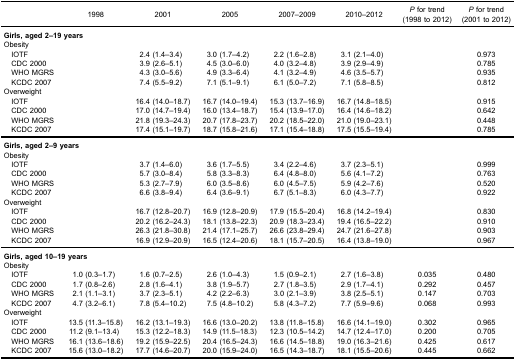
<table><thead><tr><td>[EMPTY_CELL]</td><td><b>1998</b></td><td><b>2001</b></td><td><b>2005</b></td><td><b>2007–2009</b></td><td><b>2010–2012</b></td><td><b><i>P</i> for trend(1998 to 2012)</b></td><td><b><i>P</i> for trend(2001 to 2012)</b></td></tr></thead><tbody><tr><td colspan="8"><b>Girls, aged 2–19 years</b></td></tr><tr><td colspan="8">Obesity</td></tr><tr><td> IOTF</td><td>[EMPTY_CELL]</td><td>2.4 (1.4–3.4)</td><td>3.0 (1.7–4.2)</td><td>2.2 (1.6–2.8)</td><td>3.1 (2.1–4.0)</td><td>[EMPTY_CELL]</td><td>0.973</td></tr><tr><td> CDC 2000</td><td>[EMPTY_CELL]</td><td>3.9 (2.6–5.1)</td><td>4.5 (3.0–6.0)</td><td>4.0 (3.2–4.8)</td><td>3.9 (2.9–4.9)</td><td>[EMPTY_CELL]</td><td>0.785</td></tr><tr><td> WHO MGRS</td><td>[EMPTY_CELL]</td><td>4.3 (3.0–5.6)</td><td>4.9 (3.3–6.4)</td><td>4.1 (3.2–4.9)</td><td>4.6 (3.5–5.7)</td><td>[EMPTY_CELL]</td><td>0.935</td></tr><tr><td> KCDC 2007</td><td>[EMPTY_CELL]</td><td>7.4 (5.5–9.2)</td><td>7.1 (5.1–9.1)</td><td>6.1 (5.0–7.2)</td><td>7.1 (5.8–8.5)</td><td>[EMPTY_CELL]</td><td>0.812</td></tr><tr><td colspan="8">Overweight</td></tr><tr><td> IOTF</td><td>[EMPTY_CELL]</td><td>16.4 (14.0–18.7)</td><td>16.7 (14.0–19.4)</td><td>15.3 (13.7–16.9)</td><td>16.7 (14.8–18.5)</td><td>[EMPTY_CELL]</td><td>0.915</td></tr><tr><td> CDC 2000</td><td>[EMPTY_CELL]</td><td>17.0 (14.7–19.4)</td><td>16.0 (13.4–18.7)</td><td>15.4 (13.9–17.0)</td><td>16.4 (14.6–18.2)</td><td>[EMPTY_CELL]</td><td>0.642</td></tr><tr><td> WHO MGRS</td><td>[EMPTY_CELL]</td><td>21.8 (19.3–24.3)</td><td>20.7 (17.8–23.7)</td><td>20.2 (18.5–22.0)</td><td>21.0 (19.0–23.1)</td><td>[EMPTY_CELL]</td><td>0.448</td></tr><tr><td> KCDC 2007</td><td>[EMPTY_CELL]</td><td>17.4 (15.1–19.7)</td><td>18.7 (15.8–21.6)</td><td>17.1 (15.4–18.8)</td><td>17.5 (15.5–19.4)</td><td>[EMPTY_CELL]</td><td>0.785</td></tr><tr><td colspan="8"><b>Girls, aged 2–9 years</b></td></tr><tr><td colspan="8">Obesity</td></tr><tr><td> IOTF</td><td>[EMPTY_CELL]</td><td>3.7 (1.4–6.0)</td><td>3.6 (1.7–5.5)</td><td>3.4 (2.2–4.6)</td><td>3.7 (2.3–5.1)</td><td>[EMPTY_CELL]</td><td>0.999</td></tr><tr><td> CDC 2000</td><td>[EMPTY_CELL]</td><td>5.7 (3.0–8.4)</td><td>5.8 (3.3–8.3)</td><td>6.4 (4.8–8.0)</td><td>5.6 (4.1–7.2)</td><td>[EMPTY_CELL]</td><td>0.763</td></tr><tr><td> WHO MGRS</td><td>[EMPTY_CELL]</td><td>5.3 (2.7–7.9)</td><td>6.0 (3.5–8.6)</td><td>6.0 (4.5–7.5)</td><td>5.9 (4.2–7.6)</td><td>[EMPTY_CELL]</td><td>0.520</td></tr><tr><td> KCDC 2007</td><td>[EMPTY_CELL]</td><td>6.6 (3.8–9.4)</td><td>6.4 (3.6–9.1)</td><td>6.7 (5.1–8.3)</td><td>6.0 (4.3–7.7)</td><td>[EMPTY_CELL]</td><td>0.922</td></tr><tr><td colspan="8">Overweight</td></tr><tr><td> IOTF</td><td>[EMPTY_CELL]</td><td>16.7 (12.8–20.7)</td><td>16.9 (12.8–20.9)</td><td>17.9 (15.5–20.4)</td><td>16.8 (14.2–19.4)</td><td>[EMPTY_CELL]</td><td>0.830</td></tr><tr><td> CDC 2000</td><td>[EMPTY_CELL]</td><td>20.2 (16.2–24.3)</td><td>18.1 (13.8–22.3)</td><td>20.9 (18.3–23.4)</td><td>19.4 (16.5–22.2)</td><td>[EMPTY_CELL]</td><td>0.910</td></tr><tr><td> WHO MGRS</td><td>[EMPTY_CELL]</td><td>26.3 (21.8–30.8)</td><td>21.4 (17.1–25.7)</td><td>26.6 (23.8–29.4)</td><td>24.7 (21.6–27.8)</td><td>[EMPTY_CELL]</td><td>0.903</td></tr><tr><td> KCDC 2007</td><td>[EMPTY_CELL]</td><td>16.9 (12.9–20.9)</td><td>16.5 (12.4–20.6)</td><td>18.1 (15.7–20.5)</td><td>16.4 (13.8–19.0)</td><td>[EMPTY_CELL]</td><td>0.967</td></tr><tr><td colspan="8"><b>Girls, aged 10–19 years</b></td></tr><tr><td colspan="8">Obesity</td></tr><tr><td> IOTF</td><td>1.0 (0.3–1.7)</td><td>1.6 (0.7–2.5)</td><td>2.6 (1.0–4.3)</td><td>1.5 (0.9–2.1)</td><td>2.7 (1.6–3.8)</td><td>0.035</td><td>0.480</td></tr><tr><td> CDC 2000</td><td>1.7 (0.8–2.6)</td><td>2.8 (1.6–4.1)</td><td>3.8 (1.9–5.7)</td><td>2.7 (1.8–3.5)</td><td>2.9 (1.7–4.1)</td><td>0.292</td><td>0.457</td></tr><tr><td> WHO MGRS</td><td>2.1 (1.1–3.1)</td><td>3.7 (2.3–5.1)</td><td>4.2 (2.2–6.3)</td><td>3.0 (2.1–3.9)</td><td>3.8 (2.5–5.1)</td><td>0.147</td><td>0.703</td></tr><tr><td> KCDC 2007</td><td>4.7 (3.2–6.1)</td><td>7.8 (5.4–10.2)</td><td>7.5 (4.8–10.2)</td><td>5.8 (4.3–7.2)</td><td>7.7 (5.9–9.6)</td><td>0.068</td><td>0.993</td></tr><tr><td colspan="8">Overweight</td></tr><tr><td> IOTF</td><td>13.5 (11.3–15.8)</td><td>16.2 (13.1–19.3)</td><td>16.6 (13.0–20.2)</td><td>13.8 (11.8–15.8)</td><td>16.6 (14.1–19.0)</td><td>0.302</td><td>0.965</td></tr><tr><td> CDC 2000</td><td>11.2 (9.1–13.4)</td><td>15.3 (12.2–18.3)</td><td>14.9 (11.5–18.3)</td><td>12.3 (10.5–14.2)</td><td>14.7 (12.4–17.0)</td><td>0.200</td><td>0.705</td></tr><tr><td> WHO MGRS</td><td>16.1 (13.6–18.6)</td><td>19.2 (15.9–22.5)</td><td>20.4 (16.5–24.3)</td><td>16.6 (14.5–18.8)</td><td>19.0 (16.3–21.6)</td><td>0.425</td><td>0.617</td></tr><tr><td> KCDC 2007</td><td>15.6 (13.0–18.2)</td><td>17.7 (14.6–20.7)</td><td>20.0 (15.9–24.0)</td><td>16.5 (14.3–18.7)</td><td>18.1 (15.5–20.6)</td><td>0.445</td><td>0.662</td></tr></tbody></table>